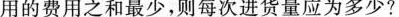
用的费用之和最少，则每次进货量应为多少?